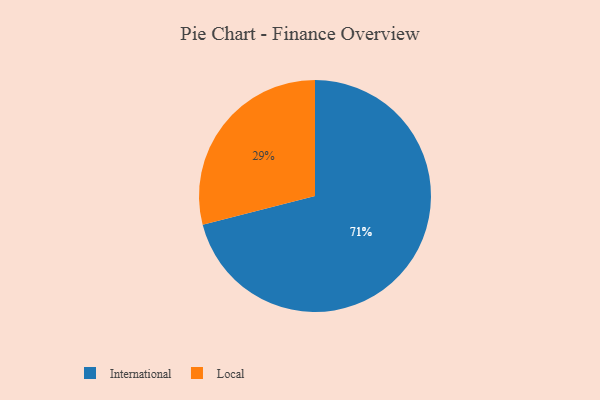
{"axis": {"x": "Category", "y": "Percentage"}, "legend": ["International", "Local"], "data": [{"x": "Local", "y": 29, "type": "Local"}, {"x": "International", "y": 71, "type": "International"}]}